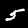
Digit: 5